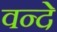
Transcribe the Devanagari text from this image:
वन्‍दे